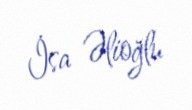
İsa Əlioğlu